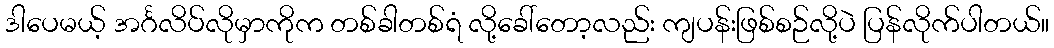
ဒါပေမယ့် အင်္ဂလိပ်လိုမှာကိုက တစ်ခါတစ်ရံ လို့ခေါ်တော့လည်း ကျပန်းဖြစ်စဉ်လို့ပဲ ပြန်လိုက်ပါတယ်။